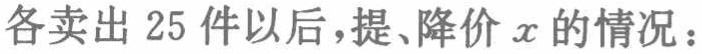
各卖出 25 件以后，提、降价\(x\)的情况：